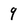
Character: 9